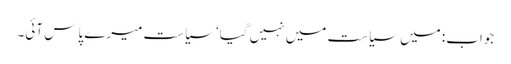
جواب: میں سیاست میں نہیں گیا‘ سیاست میرے پاس آئی۔